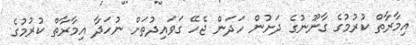
އިމާރާތް ކުރުމުގެ ގާނޫނުގެ ދަށުން ހަދަން ޖެހޭ ގަވައިދުތަށް ނުހަދާ އިމާރާތް ކުރުމުގެ